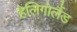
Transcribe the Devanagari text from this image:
हेलिगोलैंड